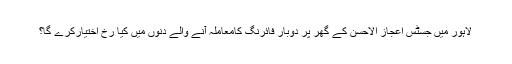
لاہور میں جسٹس اعجاز الاحسن کے گھر پر دوبار فائرنگ کامعاملہ آنے والے دنوں میں کیا رُخ اختیارکرے گا؟